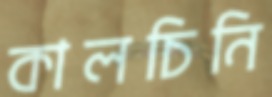
কালচিনি